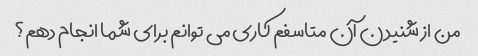
من از شنیدن آن متاسفم کاری می توانم برای شما انجام دهم؟